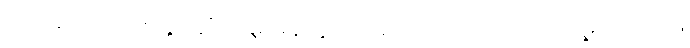
ဒါပေမဲ့ အတတ်နိုင်ဆုံး မှေးမှိန်သွားအောင်တော့ လုပ်ပေးလို့ရပါတယ်။